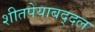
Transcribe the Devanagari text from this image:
शीतपेयाबद्दल